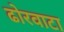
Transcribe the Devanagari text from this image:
ढोरवाटा